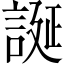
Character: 誕